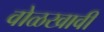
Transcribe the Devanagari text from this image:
वोळखावी